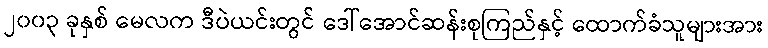
၂၀၀၃ ခုနှစ် မေလက ဒီပဲယင်းတွင် ဒေါ်အောင်ဆန်းစုကြည်နှင့် ထောက်ခံသူများအား